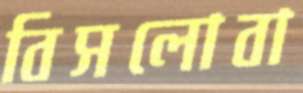
বিসলোবা